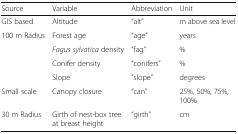
<table><thead><tr><td><b>Source</b></td><td><b>Variable</b></td><td><b>Abbreviation</b></td><td><b>Unit</b></td></tr></thead><tbody><tr><td>GIS based</td><td>Altitude</td><td>“alt”</td><td>m above sea level</td></tr><tr><td rowspan="4">100 m Radius</td><td>Forest age</td><td>“age”</td><td>years</td></tr><tr><td><i>Fagus sylvatica</i> density</td><td>“fag”</td><td>%</td></tr><tr><td>Conifer density</td><td>“conifers”</td><td>%</td></tr><tr><td>Slope</td><td>”slope”</td><td>degrees</td></tr><tr><td>Small scale</td><td>Canopy closure</td><td>“can”</td><td>25%, 50%, 75%, 100%</td></tr><tr><td>30 m Radius</td><td>Girth of nest-box tree at breast height</td><td>“girth”</td><td>cm</td></tr></tbody></table>